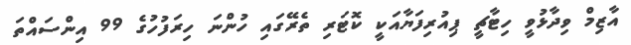
އާޒިމް ވިދާޅުވީ ހިޓާޗީ ޕިއުރިފަޔާއަކީ ކޮޓަރި ތެރޭގައި ހުންނަ ހިރަފުހުގެ 99 އިންސައްތަ